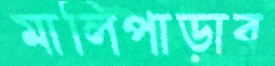
মালিপাড়ার